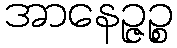
အာနေဉ္ဇဉ္စ